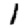
Digit: 1